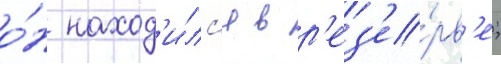
о́н наход'и́лс'я в р'ез'е́рв'е;